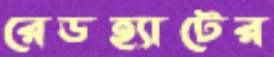
রেডহ্যাটের